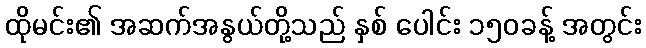
ထိုမင်း၏ အဆက်အနွယ်တို့သည် နှစ် ပေါင်း ၁၅၀ခန့် အတွင်း